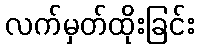
လက်မှတ်ထိုးခြင်း